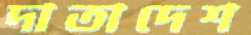
দাতাদেশ